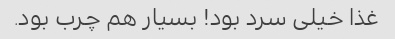
غذا خیلی سرد بود! بسیار هم چرب بود.